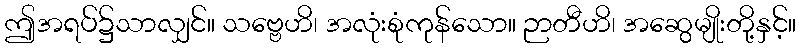
ဤအရပ်၌သာလျှင်။ သဗ္ဗေဟိ၊ အလုံးစုံကုန်သော။ ဉာတီဟိ၊ အဆွေမျိုးတို့နှင့်။